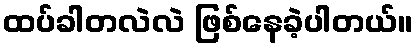
ထပ်ခါတလဲလဲ ဖြစ်နေခဲ့ပါတယ်။